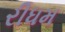
રીધમ